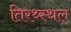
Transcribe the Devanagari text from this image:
तिरथ्स्थल